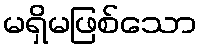
မရှိမဖြစ်သော